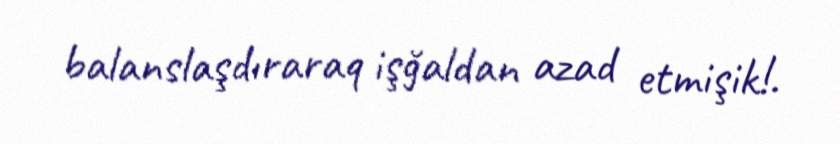
balanslaşdıraraq işğaldan azad etmişik!.